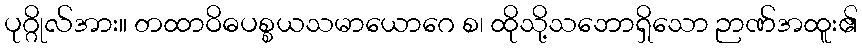
ပုဂ္ဂိုလ်အား။ တထာဝိဓပစ္စယသမာယောဂေ စ၊ ထိုသို့သဘောရှိသော ဉာဏ်အထူး၏